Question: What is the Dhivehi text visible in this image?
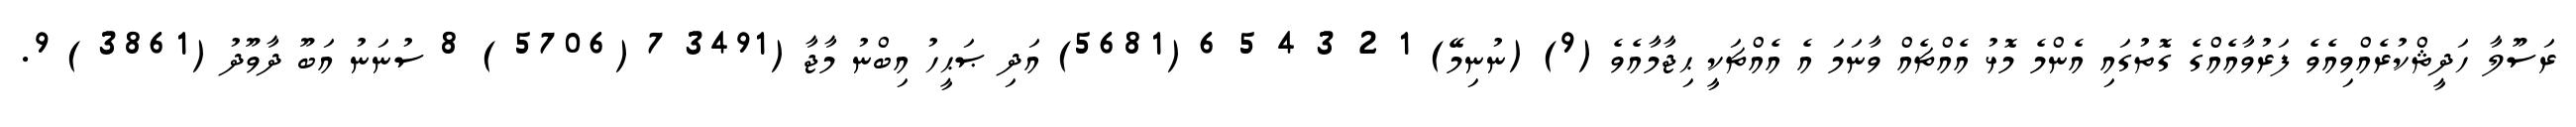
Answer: ރަސޫލާ ހަދީޘްކުރެއްވިއެވެ ފަރުވާއެއްގެ ގޮތުގައި އެންމެ މޮޅު އެއްޗެއް ވާނަމަ އެ އެއްޗަކީ ޙިޖާމާއެވެ (9) (ނުނިމޭ) 1 2 3 4 5 6 (5681) އަދި ޞަޙީހު އިބްނު މާޖާ (3491 7 (5706 ) 8 ސުނަނު އަބޫ ދާވޫދު (3861 ) 9.